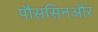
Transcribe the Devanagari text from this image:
पौससिनऔर